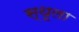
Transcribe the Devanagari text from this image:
स्थूला